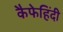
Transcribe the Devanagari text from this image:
कैफेहिंदी